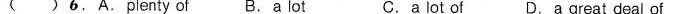
( )6.A.Plenty of B.A lot c.a lot of D.A great deal of